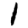
Digit: 1